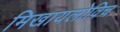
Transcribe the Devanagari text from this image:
मिखायलोविच